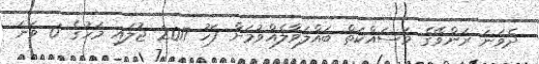
ދެވަނަ ރަންވޭގެ މަސައްކަތް ބައްލަވާލެއްވުމަށް ފަހު 2017 ޖުލައި މަހުގެ 6 ވަނަ